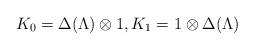
LaTeX: \begin{gather*}K_0=\Delta(\Lambda)\otimes 1,K_1=1\otimes \Delta(\Lambda)\end{gather*}